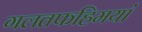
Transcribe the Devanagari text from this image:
गलतफहिमयां